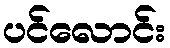
ပင်လောင်း